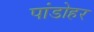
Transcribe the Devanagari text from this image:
पांडोहर